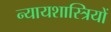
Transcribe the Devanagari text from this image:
न्यायशास्त्रियों